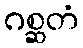
ဂစ္ဆတံ